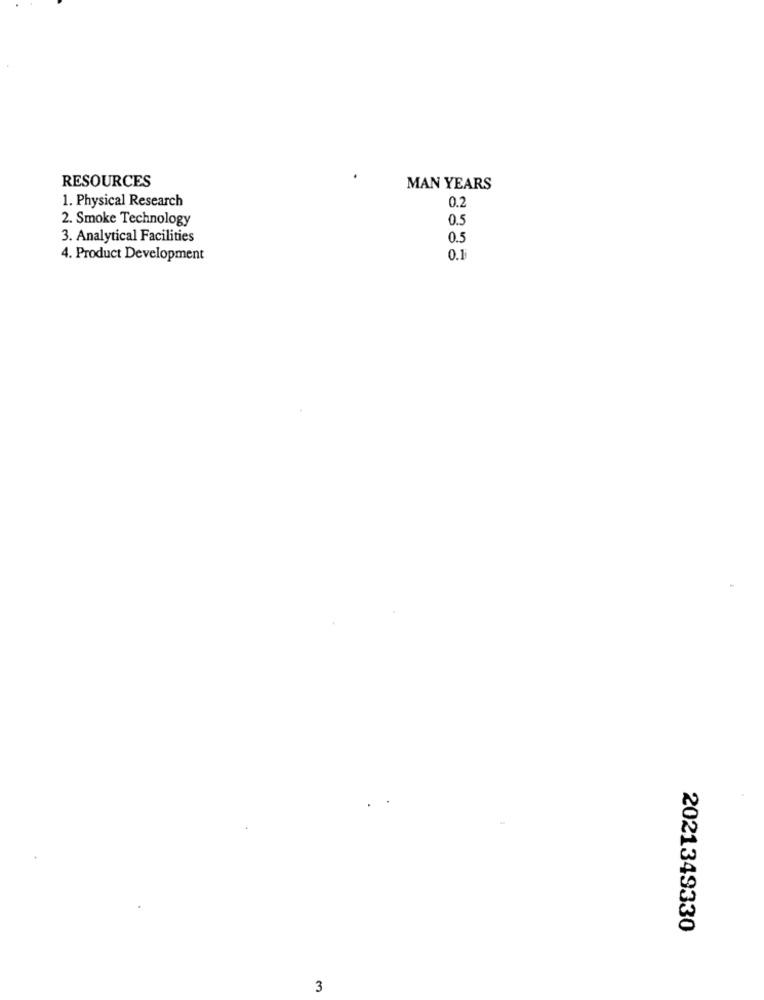
RESOURCES
MAN YEARS
1. Physical Research
0.2
2. Smoke Technology
0.5
3. Analytical Facilities
0.5
4. Product Development
0.1
2021349330
3